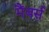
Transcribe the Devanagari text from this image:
मैंबर्स